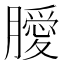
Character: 𭩊